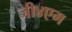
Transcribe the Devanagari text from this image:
जी४एम